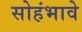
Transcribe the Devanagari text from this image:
सोहंभावे